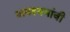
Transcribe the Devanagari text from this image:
अवश्यभांवी